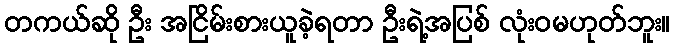
တကယ်ဆို ဦး အငြိမ်းစားယူခဲ့ရတာ ဦးရဲ့အပြစ် လုံးဝမဟုတ်ဘူး။